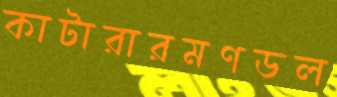
কাটারারমণডল